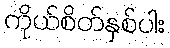
ကိုယ်စိတ်နှစ်ပါး